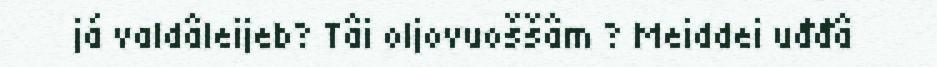
já valdâleijeb? Tâi oljovuoššâm ? Meiddei uđđâ